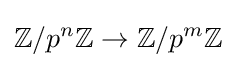
\mathbb {Z} /p^{n}\mathbb {Z} \to \mathbb {Z} /p^{m}\mathbb {Z}